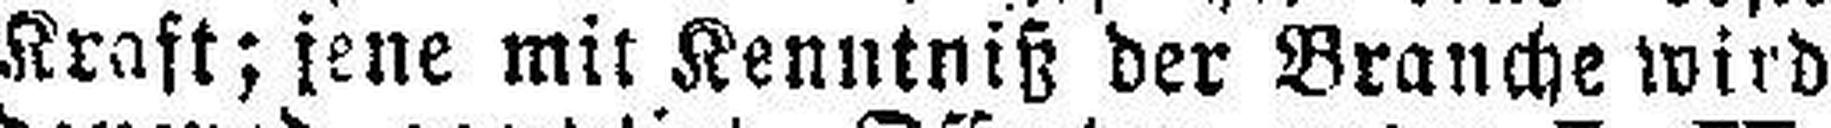
Kraft; jene mit Kenntniß der Branche wird